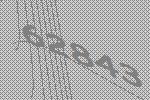
62843